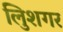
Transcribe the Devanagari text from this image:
लुिशगर